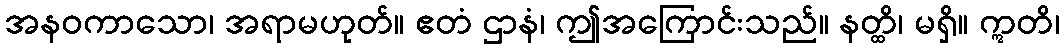
အနဝကာသော၊ အရာမဟုတ်။ ဧတံ ဌာနံ၊ ဤအကြောင်းသည်။ နတ္ထိ၊ မရှိ။ ဣတိ၊